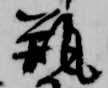
瓶